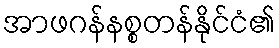
အာဖဂန်နစ္စတန်နိုင်ငံ၏